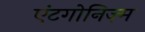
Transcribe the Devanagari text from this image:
एंटगोनिज़्म